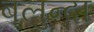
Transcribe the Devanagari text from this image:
बलुन्दा